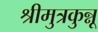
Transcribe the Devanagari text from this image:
श्रीमुत्रकुन्नू